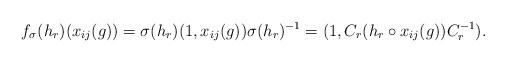
\begin{align*}f_{\sigma}(h_r)(x_{ij}(g))=\sigma(h_r)(1,x_{ij}(g))\sigma(h_r)^{-1}=(1, C_r( h_r \circ x_{ij}(g)) C_r^{-1}). \end{align*}